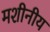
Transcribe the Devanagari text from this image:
मशीनीय